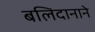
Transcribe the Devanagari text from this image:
बलिदानाने